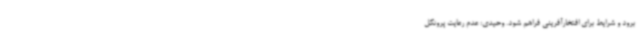
برود و شرایط برای افتخارآفرینی فراهم شود. وحیدی: عدم رعایت پروتکل